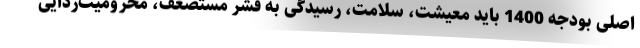
اصلی بودجه 1400 باید معیشت، سلامت، رسیدگی به قشر مستضعف، محرومیت‌زدایی